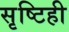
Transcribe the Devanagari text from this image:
सृष्टिही